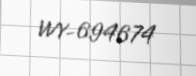
WY-694674